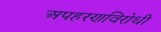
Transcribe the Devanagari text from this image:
अपहरणविरोधी